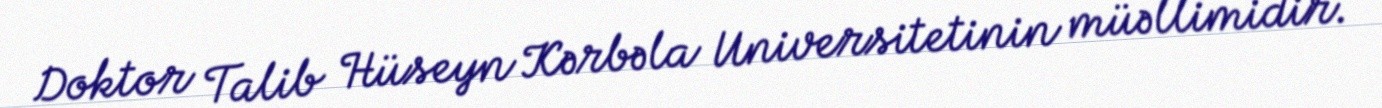
Doktor Talib Hüseyn Kərbəla Universitetinin müəllimidir.